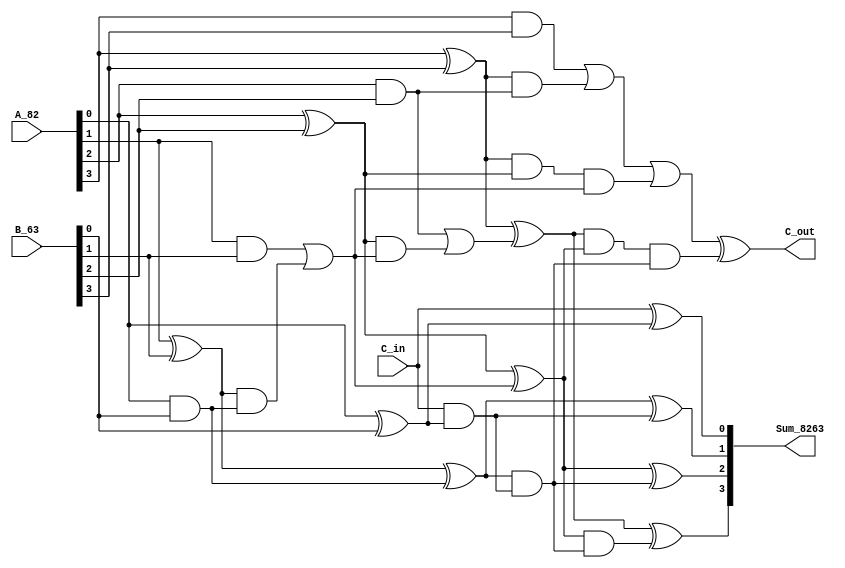
/* Generated by Yosys 0.20+70 (git sha1 6e907acf86d, gcc 8.3.1 -fPIC -Os) */

(* hdlname = "\\\\adder_4b" *)
(* top =  1  *)
(* src = "designs/adder_4b/adder_4b.v:1.1-10.10" *)
module adder_4b(A_82, B_63, C_in, Sum_8263, C_out);
  (* force_downto = 32'd1 *)
  (* src = "designs/adder_4b/adder_4b.v:8.29-8.40|/build/bin/../share/yosys/techmap.v:274.23-274.25" *)
  wire [4:0] _00_;
  (* force_downto = 32'd1 *)
  (* src = "designs/adder_4b/adder_4b.v:8.29-8.40|/build/bin/../share/yosys/techmap.v:270.23-270.24" *)
  wire [4:0] _01_;
  (* force_downto = 32'd1 *)
  (* src = "designs/adder_4b/adder_4b.v:8.29-8.40|/build/bin/../share/yosys/techmap.v:270.26-270.27" *)
  wire [4:0] _02_;
  (* force_downto = 32'd1 *)
  (* src = "designs/adder_4b/adder_4b.v:8.29-8.40|/build/bin/../share/yosys/techmap.v:286.27-286.69|/build/bin/../share/yosys/techmap.v:214.23-214.24" *)
  wire [4:0] _03_;
  (* force_downto = 32'd1 *)
  (* src = "designs/adder_4b/adder_4b.v:8.29-8.47|/build/bin/../share/yosys/techmap.v:274.23-274.25" *)
  (* unused_bits = "4" *)
  wire [4:0] _04_;
  (* src = "designs/adder_4b/adder_4b.v:8.29-8.40|/build/bin/../share/yosys/techmap.v:286.27-286.69|/build/bin/../share/yosys/techmap.v:240.19-240.41" *)
  wire _05_;
  (* src = "designs/adder_4b/adder_4b.v:8.29-8.40|/build/bin/../share/yosys/techmap.v:286.27-286.69|/build/bin/../share/yosys/techmap.v:240.19-240.41" *)
  wire _06_;
  (* src = "designs/adder_4b/adder_4b.v:8.29-8.40|/build/bin/../share/yosys/techmap.v:286.27-286.69|/build/bin/../share/yosys/techmap.v:240.19-240.41" *)
  wire _07_;
  (* src = "designs/adder_4b/adder_4b.v:8.29-8.40|/build/bin/../share/yosys/techmap.v:286.27-286.69|/build/bin/../share/yosys/techmap.v:241.12-241.34" *)
  wire _08_;
  (* src = "designs/adder_4b/adder_4b.v:8.29-8.40|/build/bin/../share/yosys/techmap.v:286.27-286.69|/build/bin/../share/yosys/techmap.v:248.19-248.41" *)
  wire _09_;
  (* src = "designs/adder_4b/adder_4b.v:8.29-8.40|/build/bin/../share/yosys/techmap.v:286.27-286.69|/build/bin/../share/yosys/techmap.v:240.12-240.41" *)
  wire _10_;
  (* src = "designs/adder_4b/adder_4b.v:8.29-8.47|/build/bin/../share/yosys/techmap.v:286.27-286.69|/build/bin/../share/yosys/techmap.v:241.12-241.34" *)
  wire _11_;
  (* src = "designs/adder_4b/adder_4b.v:2.14-2.18" *)
  input [3:0] A_82;
  wire [3:0] A_82;
  (* src = "designs/adder_4b/adder_4b.v:2.20-2.24" *)
  input [3:0] B_63;
  wire [3:0] B_63;
  (* src = "designs/adder_4b/adder_4b.v:3.8-3.12" *)
  input C_in;
  wire C_in;
  (* src = "designs/adder_4b/adder_4b.v:5.9-5.14" *)
  output C_out;
  wire C_out;
  (* src = "designs/adder_4b/adder_4b.v:4.15-4.23" *)
  output [3:0] Sum_8263;
  wire [3:0] Sum_8263;
  assign _01_[0] = A_82[0] ^(* src = "designs/adder_4b/adder_4b.v:8.29-8.40|/build/bin/../share/yosys/techmap.v:288.13-288.20" *)  B_63[0];
  assign _01_[1] = A_82[1] ^(* src = "designs/adder_4b/adder_4b.v:8.29-8.40|/build/bin/../share/yosys/techmap.v:288.13-288.20" *)  B_63[1];
  assign _01_[2] = A_82[2] ^(* src = "designs/adder_4b/adder_4b.v:8.29-8.40|/build/bin/../share/yosys/techmap.v:288.13-288.20" *)  B_63[2];
  assign _01_[3] = A_82[3] ^(* src = "designs/adder_4b/adder_4b.v:8.29-8.40|/build/bin/../share/yosys/techmap.v:288.13-288.20" *)  B_63[3];
  assign _00_[0] = A_82[0] &(* src = "designs/adder_4b/adder_4b.v:8.29-8.40|/build/bin/../share/yosys/techmap.v:286.42-286.49" *)  B_63[0];
  assign _03_[1] = A_82[1] &(* src = "designs/adder_4b/adder_4b.v:8.29-8.40|/build/bin/../share/yosys/techmap.v:286.42-286.49" *)  B_63[1];
  assign _03_[2] = A_82[2] &(* src = "designs/adder_4b/adder_4b.v:8.29-8.40|/build/bin/../share/yosys/techmap.v:286.42-286.49" *)  B_63[2];
  assign _03_[3] = A_82[3] &(* src = "designs/adder_4b/adder_4b.v:8.29-8.40|/build/bin/../share/yosys/techmap.v:286.42-286.49" *)  B_63[3];
  assign Sum_8263[1] = _02_[1] ^(* src = "designs/adder_4b/adder_4b.v:8.29-8.47|/build/bin/../share/yosys/techmap.v:289.13-289.25" *)  _04_[0];
  assign Sum_8263[2] = _02_[2] ^(* src = "designs/adder_4b/adder_4b.v:8.29-8.47|/build/bin/../share/yosys/techmap.v:289.13-289.25" *)  _04_[1];
  assign Sum_8263[3] = _02_[3] ^(* src = "designs/adder_4b/adder_4b.v:8.29-8.47|/build/bin/../share/yosys/techmap.v:289.13-289.25" *)  _04_[2];
  assign C_out = _00_[3] ^(* src = "designs/adder_4b/adder_4b.v:8.29-8.47|/build/bin/../share/yosys/techmap.v:289.13-289.25" *)  _04_[3];
  assign Sum_8263[0] = C_in ^(* src = "designs/adder_4b/adder_4b.v:8.29-8.47|/build/bin/../share/yosys/techmap.v:288.13-288.20" *)  _01_[0];
  assign _04_[0] = C_in &(* src = "designs/adder_4b/adder_4b.v:8.29-8.47|/build/bin/../share/yosys/techmap.v:286.42-286.49" *)  _01_[0];
  assign _05_ = _01_[1] &(* src = "designs/adder_4b/adder_4b.v:8.29-8.40|/build/bin/../share/yosys/techmap.v:286.27-286.69|/build/bin/../share/yosys/techmap.v:240.19-240.41" *)  _00_[0];
  assign _06_ = _01_[3] &(* src = "designs/adder_4b/adder_4b.v:8.29-8.40|/build/bin/../share/yosys/techmap.v:286.27-286.69|/build/bin/../share/yosys/techmap.v:240.19-240.41" *)  _03_[2];
  assign _07_ = _08_ &(* src = "designs/adder_4b/adder_4b.v:8.29-8.40|/build/bin/../share/yosys/techmap.v:286.27-286.69|/build/bin/../share/yosys/techmap.v:240.19-240.41" *)  _00_[1];
  assign _08_ = _01_[3] &(* src = "designs/adder_4b/adder_4b.v:8.29-8.40|/build/bin/../share/yosys/techmap.v:286.27-286.69|/build/bin/../share/yosys/techmap.v:241.12-241.34" *)  _01_[2];
  assign _09_ = _01_[2] &(* src = "designs/adder_4b/adder_4b.v:8.29-8.40|/build/bin/../share/yosys/techmap.v:286.27-286.69|/build/bin/../share/yosys/techmap.v:248.19-248.41" *)  _00_[1];
  assign _00_[1] = _03_[1] |(* src = "designs/adder_4b/adder_4b.v:8.29-8.40|/build/bin/../share/yosys/techmap.v:286.27-286.69|/build/bin/../share/yosys/techmap.v:240.12-240.41" *)  _05_;
  assign _10_ = _03_[3] |(* src = "designs/adder_4b/adder_4b.v:8.29-8.40|/build/bin/../share/yosys/techmap.v:286.27-286.69|/build/bin/../share/yosys/techmap.v:240.12-240.41" *)  _06_;
  assign _00_[3] = _10_ |(* src = "designs/adder_4b/adder_4b.v:8.29-8.40|/build/bin/../share/yosys/techmap.v:286.27-286.69|/build/bin/../share/yosys/techmap.v:240.12-240.41" *)  _07_;
  assign _00_[2] = _03_[2] |(* src = "designs/adder_4b/adder_4b.v:8.29-8.40|/build/bin/../share/yosys/techmap.v:286.27-286.69|/build/bin/../share/yosys/techmap.v:248.12-248.41" *)  _09_;
  assign _04_[1] = _02_[1] &(* src = "designs/adder_4b/adder_4b.v:8.29-8.47|/build/bin/../share/yosys/techmap.v:286.27-286.69|/build/bin/../share/yosys/techmap.v:240.19-240.41" *)  _04_[0];
  assign _04_[3] = _11_ &(* src = "designs/adder_4b/adder_4b.v:8.29-8.47|/build/bin/../share/yosys/techmap.v:286.27-286.69|/build/bin/../share/yosys/techmap.v:240.19-240.41" *)  _04_[1];
  assign _11_ = _02_[3] &(* src = "designs/adder_4b/adder_4b.v:8.29-8.47|/build/bin/../share/yosys/techmap.v:286.27-286.69|/build/bin/../share/yosys/techmap.v:241.12-241.34" *)  _02_[2];
  assign _04_[2] = _02_[2] &(* src = "designs/adder_4b/adder_4b.v:8.29-8.47|/build/bin/../share/yosys/techmap.v:286.27-286.69|/build/bin/../share/yosys/techmap.v:248.19-248.41" *)  _04_[1];
  assign _02_[1] = _01_[1] ^(* src = "designs/adder_4b/adder_4b.v:8.29-8.40|/build/bin/../share/yosys/techmap.v:289.13-289.25" *)  _00_[0];
  assign _02_[2] = _01_[2] ^(* src = "designs/adder_4b/adder_4b.v:8.29-8.40|/build/bin/../share/yosys/techmap.v:289.13-289.25" *)  _00_[1];
  assign _02_[3] = _01_[3] ^(* src = "designs/adder_4b/adder_4b.v:8.29-8.40|/build/bin/../share/yosys/techmap.v:289.13-289.25" *)  _00_[2];
  assign _00_[4] = 1'h0;
  assign _01_[4] = 1'h0;
  assign { _02_[4], _02_[0] } = { _00_[3], _01_[0] };
  assign { _03_[4], _03_[0] } = { 1'h0, _00_[0] };
endmodule